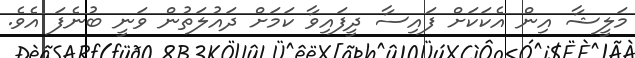
މަލީޝާ އިން އެކަކަށް ފައިސާ ދީފައިވާ ކަމަށް ދައުލަތުން ވަނީ ބުނެފަ އެވެ.